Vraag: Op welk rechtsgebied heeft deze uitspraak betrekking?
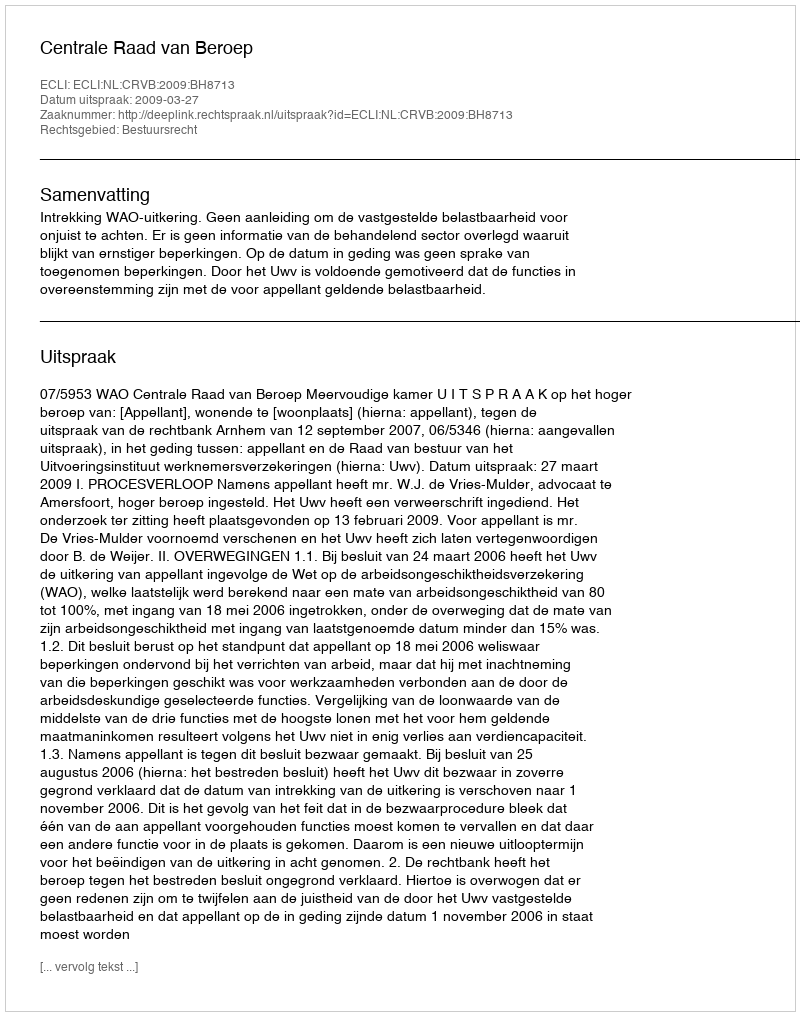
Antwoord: Bestuursrecht